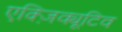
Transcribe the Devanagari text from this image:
एक्ज़िक्यूटिव